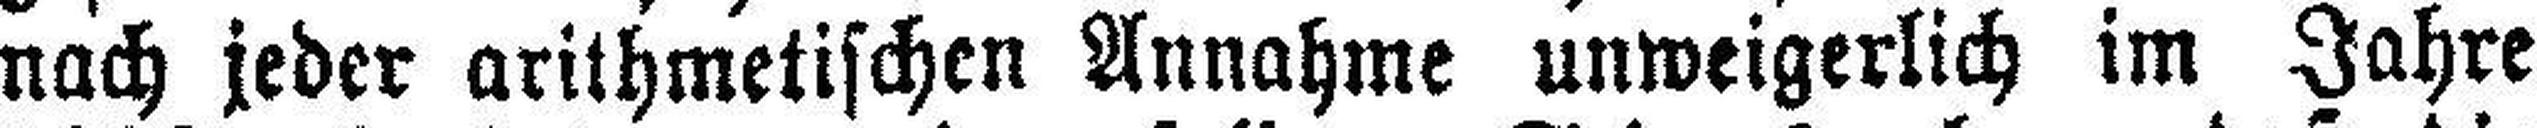
nach jeder arithmetischen Annahme unweigerlich im Jahre